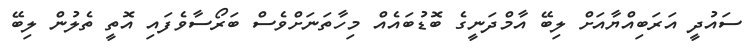
ސައުދީ އަރަބިއްޔާއަށް ލިބޭ އާމްދަނީގެ ބޮޑުބައެއް މިހާތަނަށްވެސް ބަރޯސާވެފައި އޮތީ ތެލުން ލިބޭ